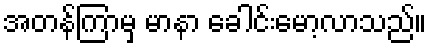
အတန်ကြာမှ မာနာ ခေါင်းမော့လာသည်။